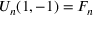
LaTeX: U _ { n } ( 1 , - 1 ) = F _ { n }